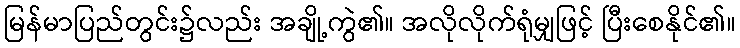
မြန်မာပြည်တွင်း၌လည်း အချို့ကွဲ၏။ အလိုလိုက်ရုံမျှဖြင့် ပြီးစေနိုင်၏။